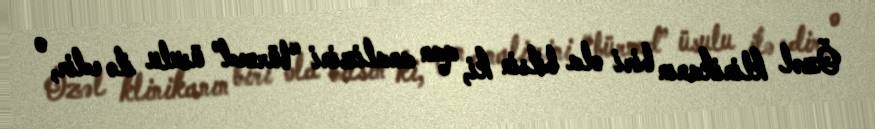
Özəl klinikanın biri ola bilsin ki, qan analizini “bürned” üsulu ilə edir, o